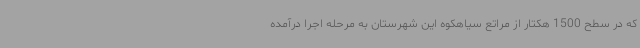
که در سطح 1500 هکتار از مراتع سیاهکوه این شهرستان به مرحله اجرا درآمده